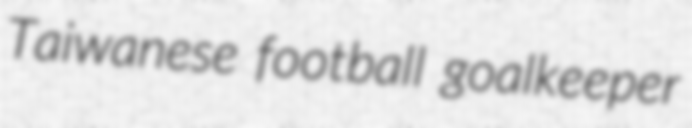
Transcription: Taiwanese football goalkeeper